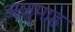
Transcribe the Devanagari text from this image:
अज़ुमाह